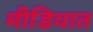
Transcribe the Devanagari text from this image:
मीडियात